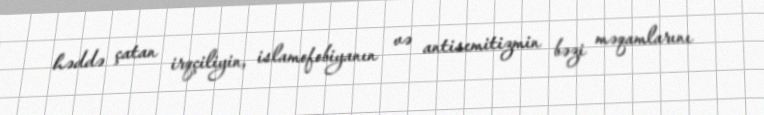
həddə çatan irqçiliyin, islamofobiyanın və antisemitizmin bəzi məqamlarını